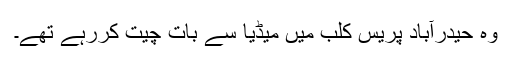
وہ حیدرآباد پریس کلب میں میڈیا سے بات چیت کررہے تھے۔